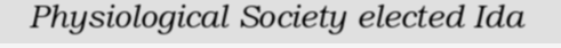
Physiological Society elected Ida